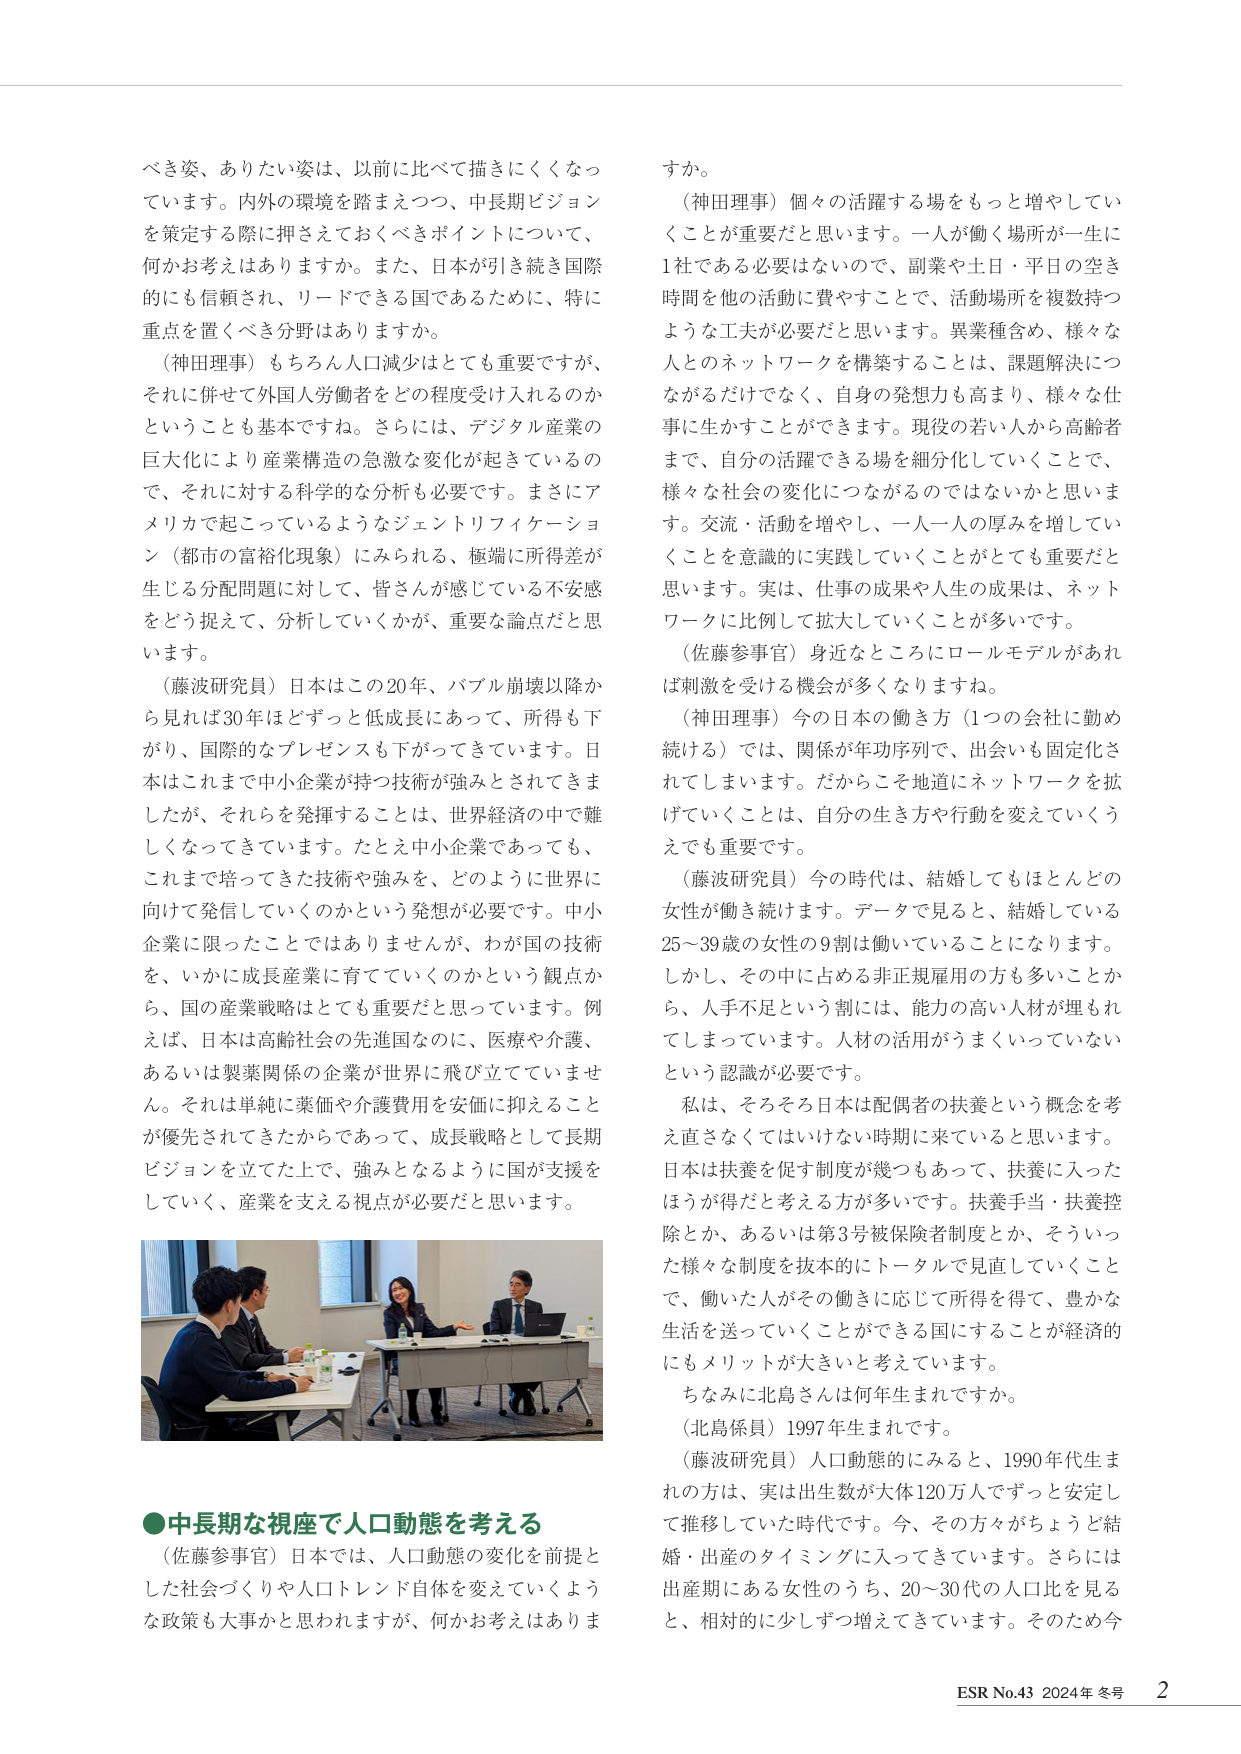
べき姿、ありたい姿は、以前に比べて描きにくくなっています。内外の環境を踏まえつつ、中長期ビジョンを策定する際におさえておくべきポイントについて、何かお考えはありますか。また、日本が引き続き国際的にも信頼され、リードできる国であるために、特に重点を置くべき分野はありますか。

（神田理事）もちろん人口減少はとても重要ですが、それに併せて外国人労働者をどの程度受け入れるのかということも基本ですね。さらには、デジタル産業の巨大化により産業構造の急激な変化が起きているので、それに対する科学的な分析も必要です。まさにアメリカで起こっているようなジェントリフィケーション（都市の富裕化現象）にみられる、極端に所得差が生じる分配問題に対して、皆さんが感じている不安感をどう捉えて、分析していくかが、重要な論点だと思います。

（藤波研究員）日本はこの20年、バブル崩壊以降から見れば30年ほどずっと低成長にあって、所得も下がり、国際的なプレゼンスも下がってきています。日本はこれまで中小企業が持つ技術が強みとされてきましたが、それらを発揮することは、世界経済の中で難しくなってきています。たとえ中小企業であっても、これまで培ってきた技術や強みを、どのように世界に向けて発信していくのかという発想が必要です。中小企業に限ったことではありませんが、わが国の技術を、いかに成長産業に育てていくのかという観点から、国の産業戦略はとても重要だと思っています。例えば、日本は高齢社会の先進国なのに、医療や介護、あるいは製薬関係の企業が世界に飛び立っていません。それは単純に薬価や介護費用を安価に抑えることが優先されてきたからであって、成長戦略として長期ビジョンを立てた上で、強みとなるように国が支援をしていく、産業を支える視点が必要だと思います。

すか。

（神田理事）個々の活躍する場をもっと増やしていくことが重要だと思います。一人が働く場所が一生に1社である必要はないので、副業や土日・平日の空き時間を他の活動に費やすことで、活動場所を複数持つような工夫が必要だと思います。異業種含め、様々な人とのネットワークを構築することは、課題解決につながるだけでなく、自身の発想力も高まり、様々な仕事に生かすことができます。現役の若い人から高齢者まで、自分の活躍できる場を細分化していくことで、様々な社会の変化につながるのではないかと思います。交流・活動を増やし、一人一人の厚みを増していくことを意識的に実践していくことがとても重要だと思います。実は、仕事の成果や人生の成果は、ネットワークに比例して拡大していくことが多いです。

（佐藤参事官）身近なところにロールモデルがあれば刺激を受ける機会が多くなりますね。

（神田理事）今の日本の働き方（1つの会社に勤め続ける）では、関係が年功序列で、出会いも固定化されてしまいます。だからこそ地道にネットワークを拡げていくことは、自分の生き方や行動を変えていくうえでも重要です。

（藤波研究員）今の時代は、結婚してもほとんどの女性が働き続けます。データで見ると、結婚している25～39歳の女性の9割は働いていることになります。しかし、その中に占める非正規雇用の方も多いことから、人手不足という割には、能力の高い人材が埋もれてしまっています。人材の活用がうまくいっていないという認識が必要です。

私は、そろそろ日本は配偶者の扶養という概念を考え直さなくてはいけない時期に来ていると思います。日本は扶養を促す制度が幾つもあって、扶養に入ったほうが得だと考える方が多いです。扶養手当・扶養控除とか、あるいは第3号被保険者制度とか、そういった様々な制度を抜本的にトータルで見直していくことで、働いた人がその働きに応じて所得を得て、豊かな生活を送っていくことができる国にすることが経済的にもメリットが大きいと考えています。

ちなみに北島さんは何年生まれですか。

（北島係員）1997年生まれです。

（藤波研究員）人口動態的にみると、1990年代生まれの方は、実は出生数が大体120万人ですって安定して推移していた時代です。今、その方々がちょうど結婚・出産のタイミングに入ってきています。さらには出産期にある女性のうち、20～30代の人口比を見ると、相対的に少しずつ増えてきています。そのため今

●中長期な視座で人口動態を考える

（佐藤参事官）日本では、人口動態の変化を前提とした社会づくりや人口トレンド自体を変えていくような政策も大事かと思われますが、何かお考えはありますか。

ESR No.43 2024年 冬号 2